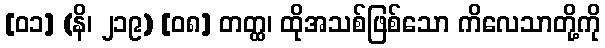
[၀၁] (နိ၊ ၂၁၉) [၀၈] တတ္ထ၊ ထိုအသစ်ဖြစ်သော ကိလေသာတို့ကို